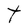
Character: t